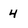
Character: 4